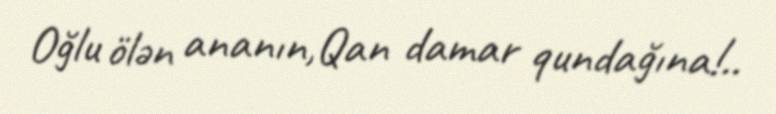
Oğlu ölən ananın,Qan damar qundağına!..